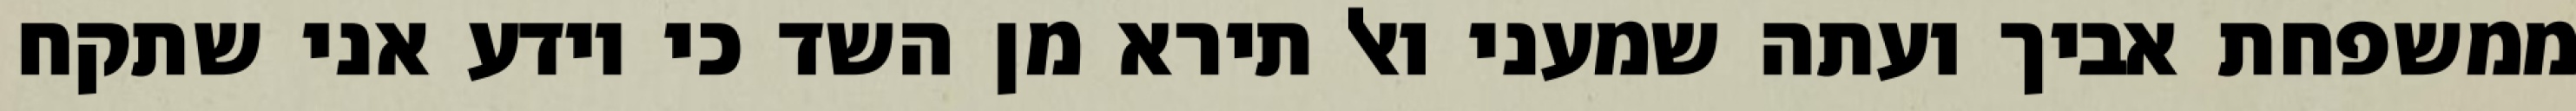
ממשפחת אביך ועתה שמעני ואל תירא מן השד כי יודע אני שתקח